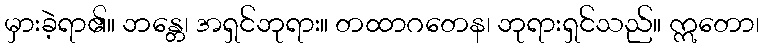
မှားခဲ့ရာ၏။ ဘန္တေ၊ အရှင်ဘုရား။ တထာဂတေန၊ ဘုရားရှင်သည်။ ဣတော၊